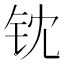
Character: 𬬵